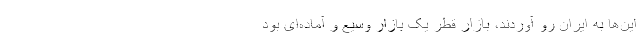
این‌ها به ایران رو آوردند، بازار قطر یک بازار وسیع و آماده‌ای بود